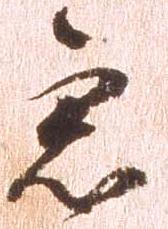
急